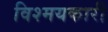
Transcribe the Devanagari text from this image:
विश्मयकारी